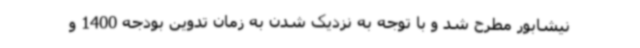
نیشابور مطرح شد و با توجه به نزدیک شدن به زمان تدوین بودجه 1400 و